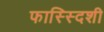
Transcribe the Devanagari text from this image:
फास्स्दिशी